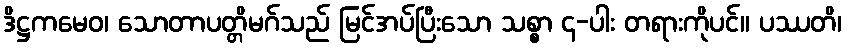
ဒိဋ္ဌကမေဝ၊ သောတာပတ္တိမဂ်သည် မြင်အပ်ပြီးသော သစ္စာ ၄-ပါး တရားကိုပင်။ ပဿတိ၊